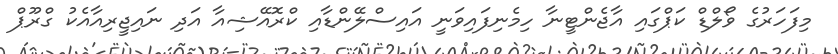
މިފަހަރުގެ ވޯލްޑް ކަޕްގައި އާޖެންޓީނާ ހިމެނިފައިވަނީ އައިސްލޭންޑާއި ކްރޮއޭޝިއާ އަދި ނައިޖީރިއާއެކު ގްރޫޕް